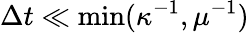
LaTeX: \Delta t\ll\operatorname*{min}(\kappa^{-1},\mu^{-1})